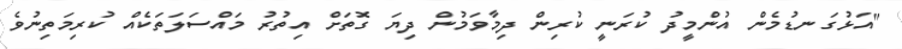
"އަޅުގަނޑުމެން އުންމީދު ކުރަނީ ކުރިން ދިމާވަމުން ދިޔަ ގޮތަށް އިތުރު މައްސަލަތަކެއް ކުރިމަތިނުވެ